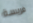
فريسة